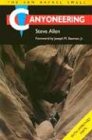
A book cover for Canyoneering: The San Rafael Swell; Steve Allen; Travel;